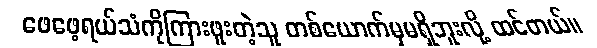
ဖေဖေ့ရယ်သံကိုကြားဖူးတဲ့သူ တစ်ယောက်မှမရှိဘူးလို့ ထင်တယ်။